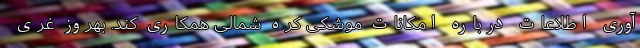
آوری اطلاعات درباره امکانات موشکی کره شمالی همکاری کند. بهروز غری